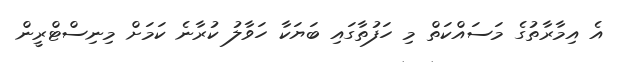
އެ އިމާރާތުގެ މަސައްކަތް މި ހަފުތާގައި ބަޔަކާ ހަވާލު ކުރާނެ ކަމަށް މިނިސްޓްރީން